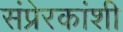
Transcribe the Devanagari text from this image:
संप्रेरकांशी